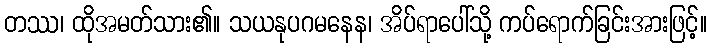
တဿ၊ ထိုအမတ်သား၏။ သယနုပဂမနေန၊ အိပ်ရာပေါ်သို့ ကပ်ရောက်ခြင်းအားဖြင့်။